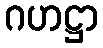
ဂဟဋ္ဌာ